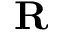
\mathbf { R }